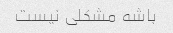
باشه مشکلی نیست